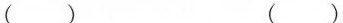
( ) ( )